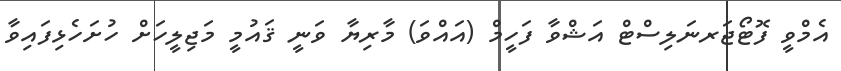
އެމްވީ ފޮޓޯޖަރނަލިސްޓް އަޝްވާ ފަހީމް (އައްވަ) މާރިޔާ ވަނީ ޤައުމީ މަޖިލީހަށް ހުށަހެޅިފައިވާ